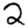
Digit: 2